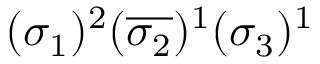
( \sigma _ { 1 } ) ^ { 2 } ( \overline { { \sigma _ { 2 } } } ) ^ { 1 } ( \sigma _ { 3 } ) ^ { 1 }